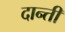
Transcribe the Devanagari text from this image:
दान्ती